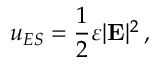
u _ { E S } = { \frac { 1 } { 2 } } \varepsilon | \mathbf { E } | ^ { 2 } \, ,